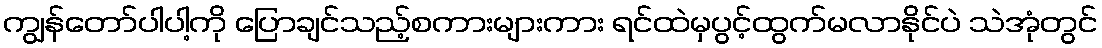
ကျွန်တော်ပါပါ့ကို ပြောချင်သည့်စကားများကား ရင်ထဲမှပွင့်ထွက်မလာနိုင်ပဲ သဲအုံတွင်